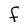
Character: F